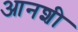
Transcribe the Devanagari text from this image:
आनशी